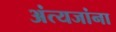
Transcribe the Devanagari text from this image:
अंत्यजांना